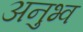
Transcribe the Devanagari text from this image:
अनुभ्व